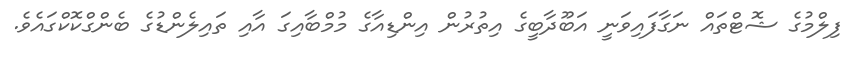
ފިލްމުގެ ޝޮޓްތައް ނަގާފައިވަނީ އަބޫދާބީގެ އިތުރުން އިންޑިއާގެ މުމްބާއިގަ އާއި ތައިލެންޑުގެ ބެންގްކޮކްގައެވެ.